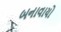
બનાવાયો